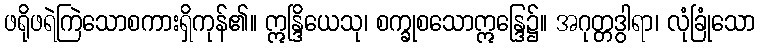
ဖရိုဖရဲကြဲသောစကားရှိကုန်၏။ ဣန္ဒြိယေသု၊ စက္ခုစသောဣန္ဒြေ၌။ အဂုတ္တဒွါရာ၊ လုံခြုံသော